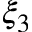
\xi _ { 3 }